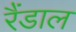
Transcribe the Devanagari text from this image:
रैंडाल